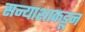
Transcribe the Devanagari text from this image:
सन्याशाकडून